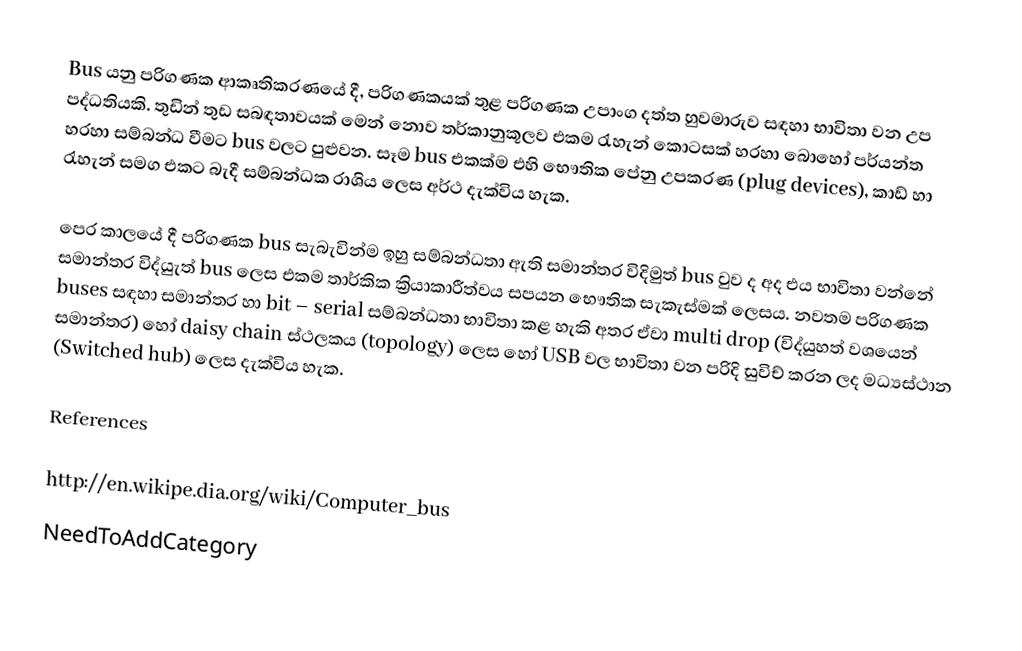
Bus යනු පරිගණක ආකෘතිකරණයේ දී, පරිගණකයක් තුළ පරිගණක උපාංග දත්ත හුවමාරුව සඳහා භාවිතා වන උප පද්ධතියකි. තුඩින් තුඩ සබඳතාවයක් මෙන් නොව තර්කානුකූලව එකම රැහැන් කොටසක් හරහා බොහෝ පර්යන්ත හරහා සම්බන්ධ වීමට bus වලට පුළුවන. සෑම bus එකක්ම එහි භෞතික පේනු උපකරණ (plug devices), කාඩ් හා රැහැන් සමග එකට බැදී  සම්බන්ධක රාශිය  ලෙස අර්ථ දැක්විය හැක.

පෙර කාලයේ දී පරිගණක bus  සැබැවින්ම ඉහු සම්බන්ධතා ඇති සමාන්තර  විදිමුත් bus වුව ද අද එය භාවිතා වන්නේ සමාන්තර විද්යුැත් bus  ලෙස එකම තාර්කික ක්‍රියාකාරීත්වය සපයන භෞතික සැකැස්මක් ලෙසය. නවතම පරිගණක buses සඳහා සමාන්තර හා bit – serial සම්බන්ධතා භාවිතා කළ හැකි අතර ඒවා multi drop (විද්යුහත් වශයෙන් සමාන්තර) හෝ daisy chain ස්ථලකය (topology) ලෙස හෝ USB වල භාවිතා වන පරිදි සුවිච් කරන ලද මධ්‍යස්ථාන (Switched hub) ලෙස දැක්විය හැක.

References

http://en.wikipe.dia.org/wiki/Computer_bus
NeedToAddCategory